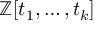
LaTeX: \mathbb { Z } [ t _ { 1 } , \ldots , t _ { k } ]